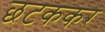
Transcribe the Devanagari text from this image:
छटककर